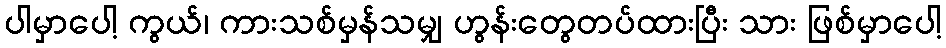
ပါမှာပေါ့ ကွယ်၊ ကားသစ်မှန်သမျှ ဟွန်းတွေတပ်ထားပြီး သား ဖြစ်မှာပေါ့